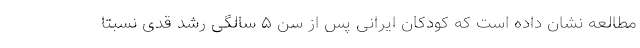
مطالعه نشان داده است که کودکان ایرانی پس از سن ۵ سالگی رشد قدی نسبتاً